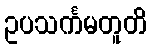
ဥပသင်္ကမတူတိ